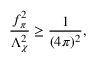
\frac { f _ { \pi } ^ { 2 } } { \Lambda _ { \chi } ^ { 2 } } \geq \frac { 1 } { ( 4 \pi ) ^ { 2 } } ,